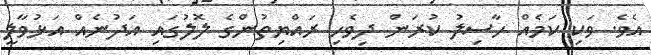
އެވެ. ވަކި ކަމެއް ހާސިލު ކުރަން ދިވެހި ރައްޔިތުންގެ ލޮލުގައި އަދުނެއް އަޅުވާލީ